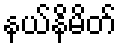
နယ်နိမိတ်